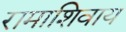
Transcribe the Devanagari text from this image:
रामाशिवाय